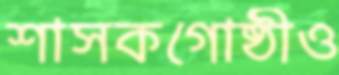
শাসকগোষ্ঠীও